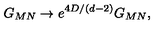
G _ { M N } \to e ^ { 4 D / ( d - 2 ) } G _ { M N } ,